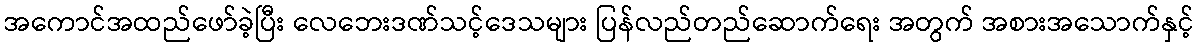
အကောင်အထည်ဖော်ခဲ့ပြီး လေဘေးဒဏ်သင့်ဒေသများ ပြန်လည်တည်ဆောက်ရေး အတွက် အစားအသောက်နှင့်